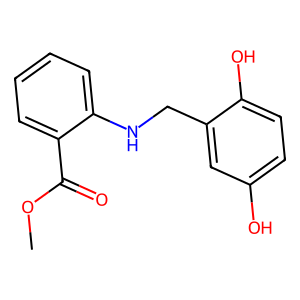
SMILES: COC(=O)c1ccccc1NCc1cc(O)ccc1O
Inhibits HIV replication: No